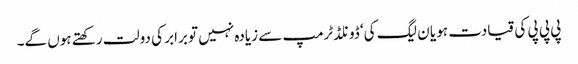
پی پی پی کی قیادت ہو یا ن لیگ کی‘ ڈونلڈ ٹرمپ سے زیادہ نہیں تو برابر کی دولت رکھتے ہوں گے۔